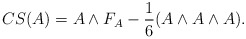
\begin{align*}CS(A)=A\wedge F_A-\frac{1}{6}(A\wedge A\wedge A).\end{align*}